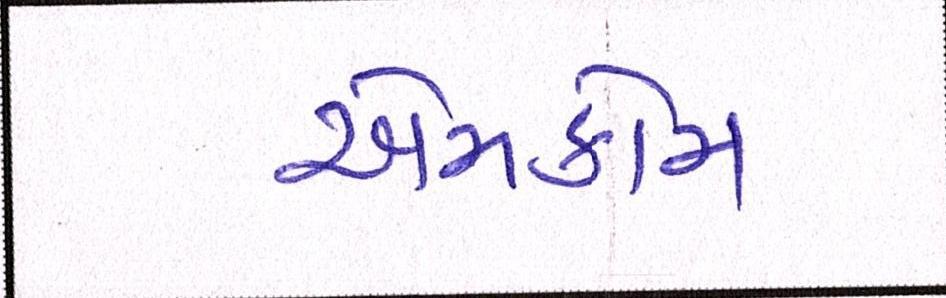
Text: એમકોમ